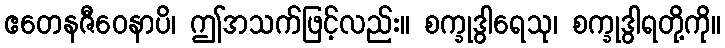
ဧတေနဇီဝေနာပိ၊ ဤအသက်ဖြင့်လည်း။ စက္ခုဒွါရေသု၊ စက္ခုဒွါရတို့ကို။